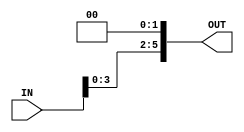
module Shift_Left_Twice # (parameter Width= 6) (
    input wire    [Width - 1:0]  IN,
    output wire   [Width - 1:0]  OUT
); 

assign OUT = IN << 2;

endmodule